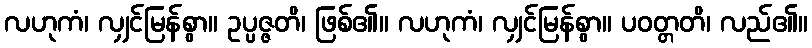
လဟုကံ၊ လျှင်မြန်စွာ။ ဥပ္ပဇ္ဇတိ၊ ဖြစ်၏။ လဟုကံ၊ လျှင်မြန်စွာ။ ပဝတ္တတိ၊ လည်၏။